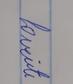
Signature authenticity: genuine